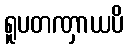
ရူပတဏှာယပိ